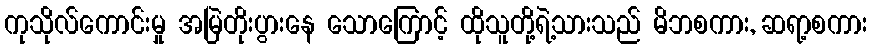
ကုသိုလ်ကောင်းမှု အမြဲတိုးပွားနေ သောကြောင့် ထိုသူတို့ရဲ့သားသည် မိဘစကား, ဆရာ့စကား